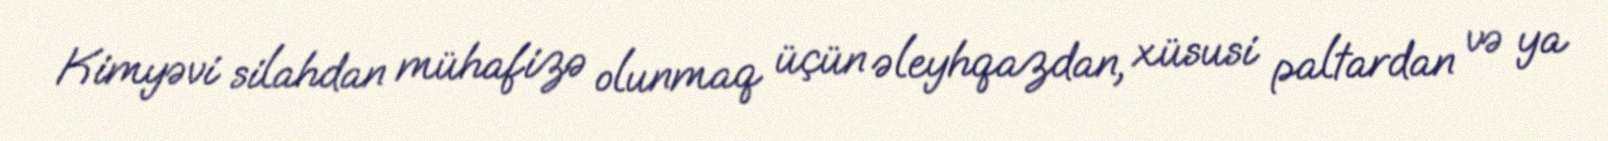
Kimyəvi silahdan mühafizə olunmaq üçün əleyhqazdan, xüsusi paltardan və ya